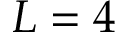
L = 4